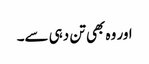
اور وہ بھی تن دہی سے۔